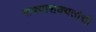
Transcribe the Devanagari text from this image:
शक्याशक्यतांची